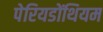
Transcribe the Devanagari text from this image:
पेरियडोंथियम